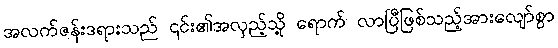
အလက်ဇန်းဒရားသည် ၎င်း၏အလှည့်သို့ ရောက် လာပြီဖြစ်သည့်အားလျော်စွာ